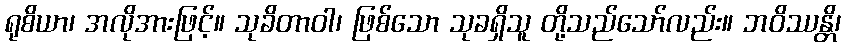
ရုစိယာ၊ အလိုအားဖြင့်။ သုခိတာဝါ၊ ဖြစ်သော သုခရှိသူ တို့သည်သော်လည်း။ ဘဝိဿန္တိ၊